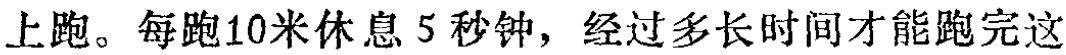
上跑。每跑10米休息5秒钟，经过多长时间才能跑完这